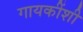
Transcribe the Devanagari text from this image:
गायकींशी